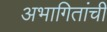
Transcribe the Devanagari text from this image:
अभागितांची